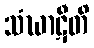
သံဃာဋီတိ